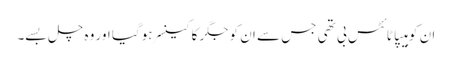
ان کو ہیپاٹائٹس بی تھی جس سے ان کو جگر کا کینسر ہوگیا اور وہ چل بسے۔